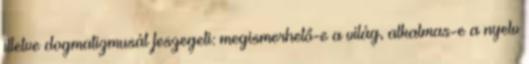
illetve dogmatizmusát feszegeti: megismerhető-e a világ, alkalmas-e a nyelv